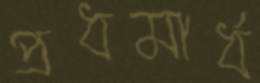
প্রধমার্ধ